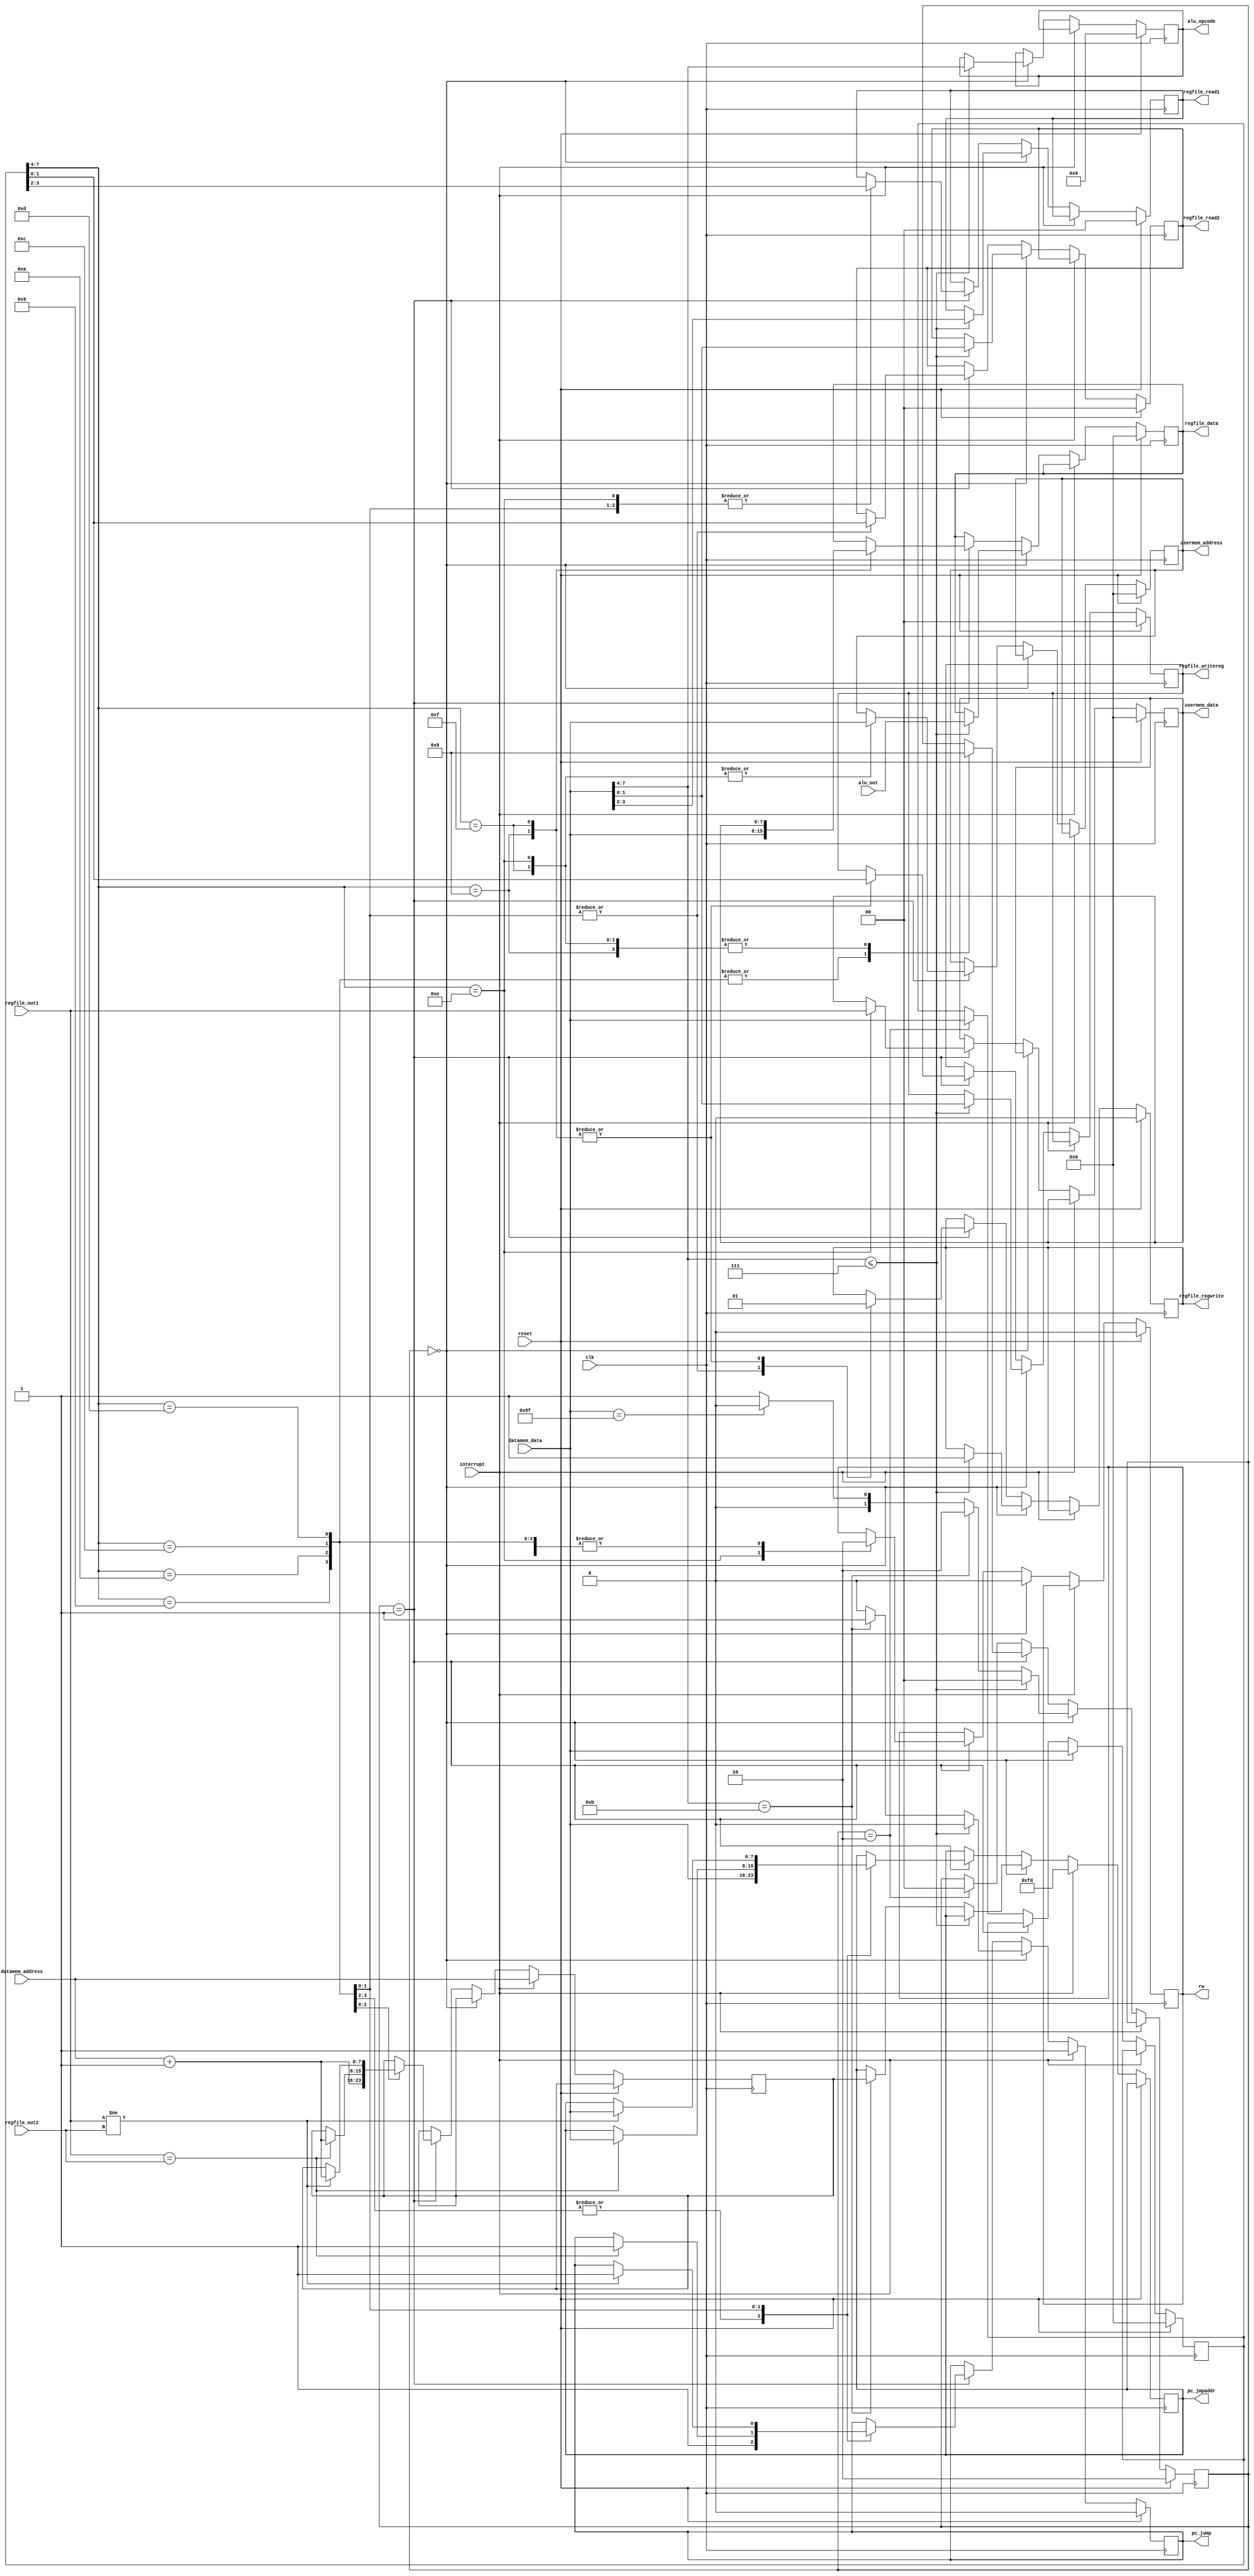
module control (input clk, reset, interrupt,
                input [7:0] datamem_data, datamem_address, regfile_out1, regfile_out2, alu_out,
		output reg [3:0] alu_opcode,
                output reg [7:0] regfile_data,usermem_data,
                output reg [1:0] regfile_read1, regfile_read2, regfile_writereg,
                output reg [7:0] usermem_address, pc_jmpaddr,
                output reg rw, regfile_regwrite, pc_jump);
        /* Flags */
	reg [1:0] stage;
	reg [7:0] instruction_c;
	reg [7:0] instruction;
	reg [7:0] prevaddr;
	reg is_onecyc;
	reg is_rts;
	reg is_nop;
	/* Combinational logic goes here */
	always @(*) begin
		instruction_c <= datamem_data;
		is_onecyc <= (instruction_c[7:4] <= 4'h7);
		is_rts <= (instruction_c[7:4] == 4'hb);
		is_nop <= (instruction_c == 8'h9f);
	end
    always @(posedge clk)
        /* Check for reset*/
        if(reset == 1)
        begin
                {instruction, alu_opcode, regfile_data, usermem_data, usermem_address} <= 8'b0;
                {regfile_read1, regfile_read2, regfile_writereg} <= 3'b0;
                {rw, regfile_regwrite, pc_jump} <= 1'b0;
		stage <= 2'h2;
        end
	else if(interrupt == 1)
	begin
		prevaddr <= datamem_address;
		pc_jump <= 1;
                pc_jmpaddr <= 8'hfd;
	end
        /* Stage 1: Fetch instruction, execute it in case it does not require an operand: */
        else if (stage == 2'h0)
        begin
	$display("Stage 1!");
	pc_jump <= 0;
	rw <= 0;
	instruction <= datamem_data;
	if (is_onecyc)
	begin
		$display("No-Operand instruction will be executed!");
		rw <= 0;
                regfile_regwrite <= 1;
                regfile_read1 <= instruction_c[3:2];
                regfile_read2 <= instruction_c[1:0];
                alu_opcode <= instruction_c[7:4];
		regfile_writereg <= instruction_c[1:0];
		regfile_data <= alu_out;
		stage <= 2'h0;
        end
	else if (is_onecyc == 0)
		if (is_rts) /* RTS */
		begin
			pc_jump <= 1;
                        pc_jmpaddr <= prevaddr;
			stage <= 2'h2;
		end
		else if (is_rts == 0)
			if (is_nop) /* NOP */
				stage <= 2'h0;
			else /* Execute dual-cycle instruction */
				stage <= 2'h1;
	end
	/* Stage 2: Fetch the operand and execute the relevant instruction: */
	else if (stage == 2'h1)
	begin
		$display("Stage 2!");
		case (instruction[7:4])
                        4'h8 /* LD */:
                        begin
										  $display("LD!, %h", datamem_data);
                                rw <= 0;
                                regfile_writereg <= instruction[1:0];
                                regfile_regwrite <= 1;
                                regfile_data <= datamem_data;
				stage <= 2'h0;
                        end
                        4'h9 /* JMP/NOP */:
                        begin
				$display("Jump!");
                                rw <= 0;
                                pc_jump <= 1;
                                pc_jmpaddr <= datamem_data;
				stage <= 2'h2;
                        end
			4'ha /* CALL */:
			begin
                                rw <= 0;
				prevaddr <= datamem_address + 1;
                                pc_jump <= 1;
                                pc_jmpaddr <= datamem_data;
				stage <= 2'h2;
			end
                        4'hc /* BEQ */:
                        begin
                                rw <= 0;
                                regfile_regwrite <= 0;
                                regfile_read1 <= instruction[3:2];
                                regfile_read2 <= instruction[1:0];
                                if(regfile_out1 == regfile_out2)
                                begin
										  $display("BEQ");
					prevaddr <= datamem_address + 1;
				        pc_jump <= 1;
                                        pc_jmpaddr <= datamem_data;
                                end
				stage <= 2'h2;
                        end
			4'hd /* BNE */:
			begin
                                rw <= 0;
                                regfile_regwrite <= 0;
                                regfile_read1 <= instruction[3:2];
                                regfile_read2 <= instruction[1:0];
                                if(regfile_out1 != regfile_out2)
                                begin
					prevaddr <= datamem_address + 1;
				        pc_jump <= 1;
                                        pc_jmpaddr <= datamem_data;
                                end
				stage <= 2'h2;
			end
			4'he /* ST */:
			begin
				rw <= 1;
				usermem_address <= datamem_data;
                                regfile_read1 <= instruction[3:2];
				usermem_data <= regfile_out1;
				stage <= 2'h0;
			end
			4'hf /* LDUMEM */:
			begin
                                rw <= 0;
				usermem_address <= datamem_data;
                                regfile_writereg <= instruction[1:0];
                                regfile_regwrite <= 1;
                                regfile_data <= usermem_data;
				stage <= 2'h0;
			end
		endcase
	end
	else if(stage == 2'h2)
	begin
			instruction <= datamem_data;
			stage <= 2'h0;
	end
endmodule //control

module pc(input clk, reset, jump,
          input [7:0] jmpaddr,
          output reg[7:0] data);
	 
	always @(posedge clk) begin
	if (reset == 1)
		data <= 8'b0;
	else if (reset == 0)
	begin
		if (jump == 1)
			data <= jmpaddr;
		else if (jump == 0)
			data <= data + 1;
	end
	end
endmodule //pc